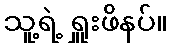
သူ့ရဲ့ ရှူးဖိနပ်။